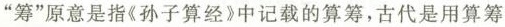
”筹”原意是指《孙子算经》中记载的算筹，古代是用算筹